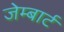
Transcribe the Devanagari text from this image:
जेम्बार्ट